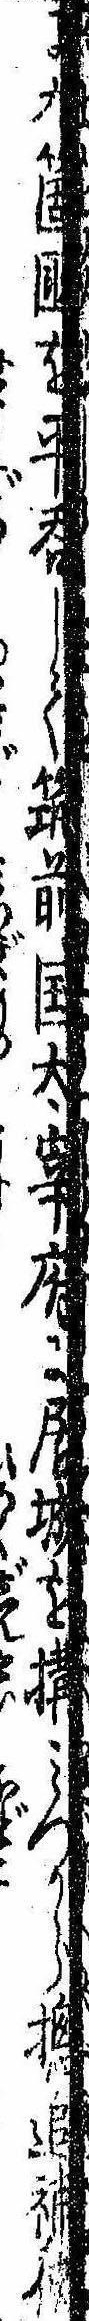
に九箇国を平呑して筑前国太宰府に居城を構みづから摠追捕使